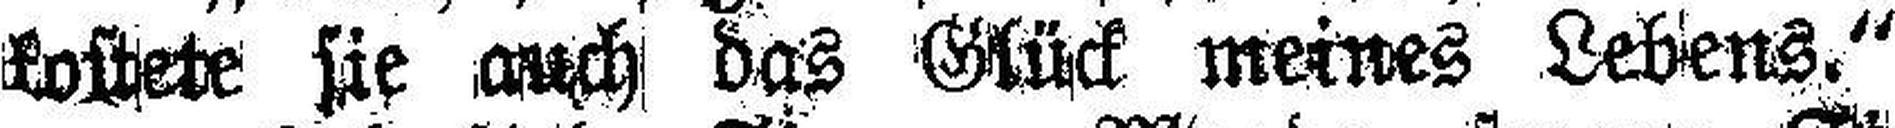
kostete sie auch das Glück meines Lebens.“